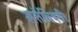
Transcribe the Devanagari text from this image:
सत्तेविषयी